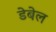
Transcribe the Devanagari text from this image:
डेबेल